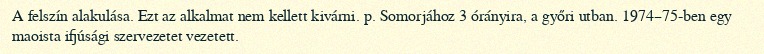
A felszín alakulása. Ezt az alkalmat nem kellett kivárni. p. Somorjához 3 órányira, a győri utban. 1974–75-ben egy maoista ifjúsági szervezetet vezetett.